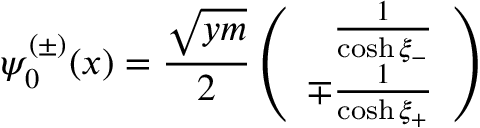
\psi _ { 0 } ^ { ( \pm ) } ( x ) = \frac { \sqrt { y m } } { 2 } \left( \begin{array} { r } { { \frac { 1 } { \cosh \xi _ { - } } } } \\ { { \mp \frac { 1 } { \cosh \xi _ { + } } } } \end{array} \right)